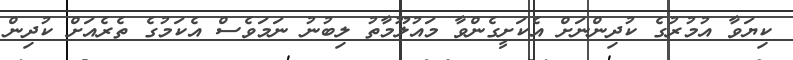
ކިޔަވާ އުމުރުގެ ކުދިންނަށް އެކަށީގެންވާ މައުލޫމާތު ލިބުނު ނަމަވެސް އެކަމުގެ ތެރެއަށް ކުދިން